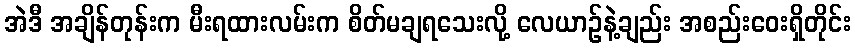
အဲဒီ အချိန်တုန်းက မီးရထားလမ်းက စိတ်မချရသေးလို့ လေယာဉ်နဲ့ချည်း အစည်းဝေးရှိတိုင်း